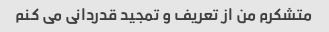
متشکرم من از تعریف و تمجید قدردانی می کنم